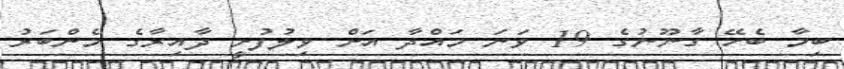
ބިމާ ބެހޭ ގާނޫނުގެ 19 ވަނަ މައްދާ އަށް ވިލުފުށީ ދާއިރާގެ މެންބަރު